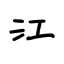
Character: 江